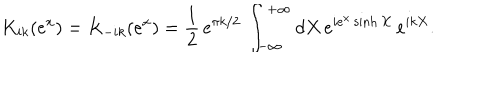
K _ { i k } ( e ^ { x } ) = K _ { - i k } ( e ^ { x } ) = \frac { 1 } { 2 } \, e ^ { \pi k / 2 } \, \int _ { - \infty } ^ { + \infty } d X \, e ^ { i e ^ { x } \sinh X } \, e ^ { i k X } .